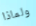
ولماذا